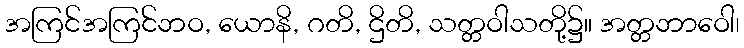
အကြင်အကြင်ဘဝ, ယောနိ, ဂတိ, ဌိတိ, သတ္တဝါသတို့၌။ အတ္တဘာဝေါ၊